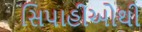
સિપાહીઓથી